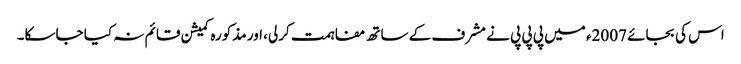
اس کی بجائے 2007ء میں پی پی پی نے مشرف کے ساتھ مفاہمت کرلی، اور مذکورہ کمیشن قائم نہ کیا جاسکا۔